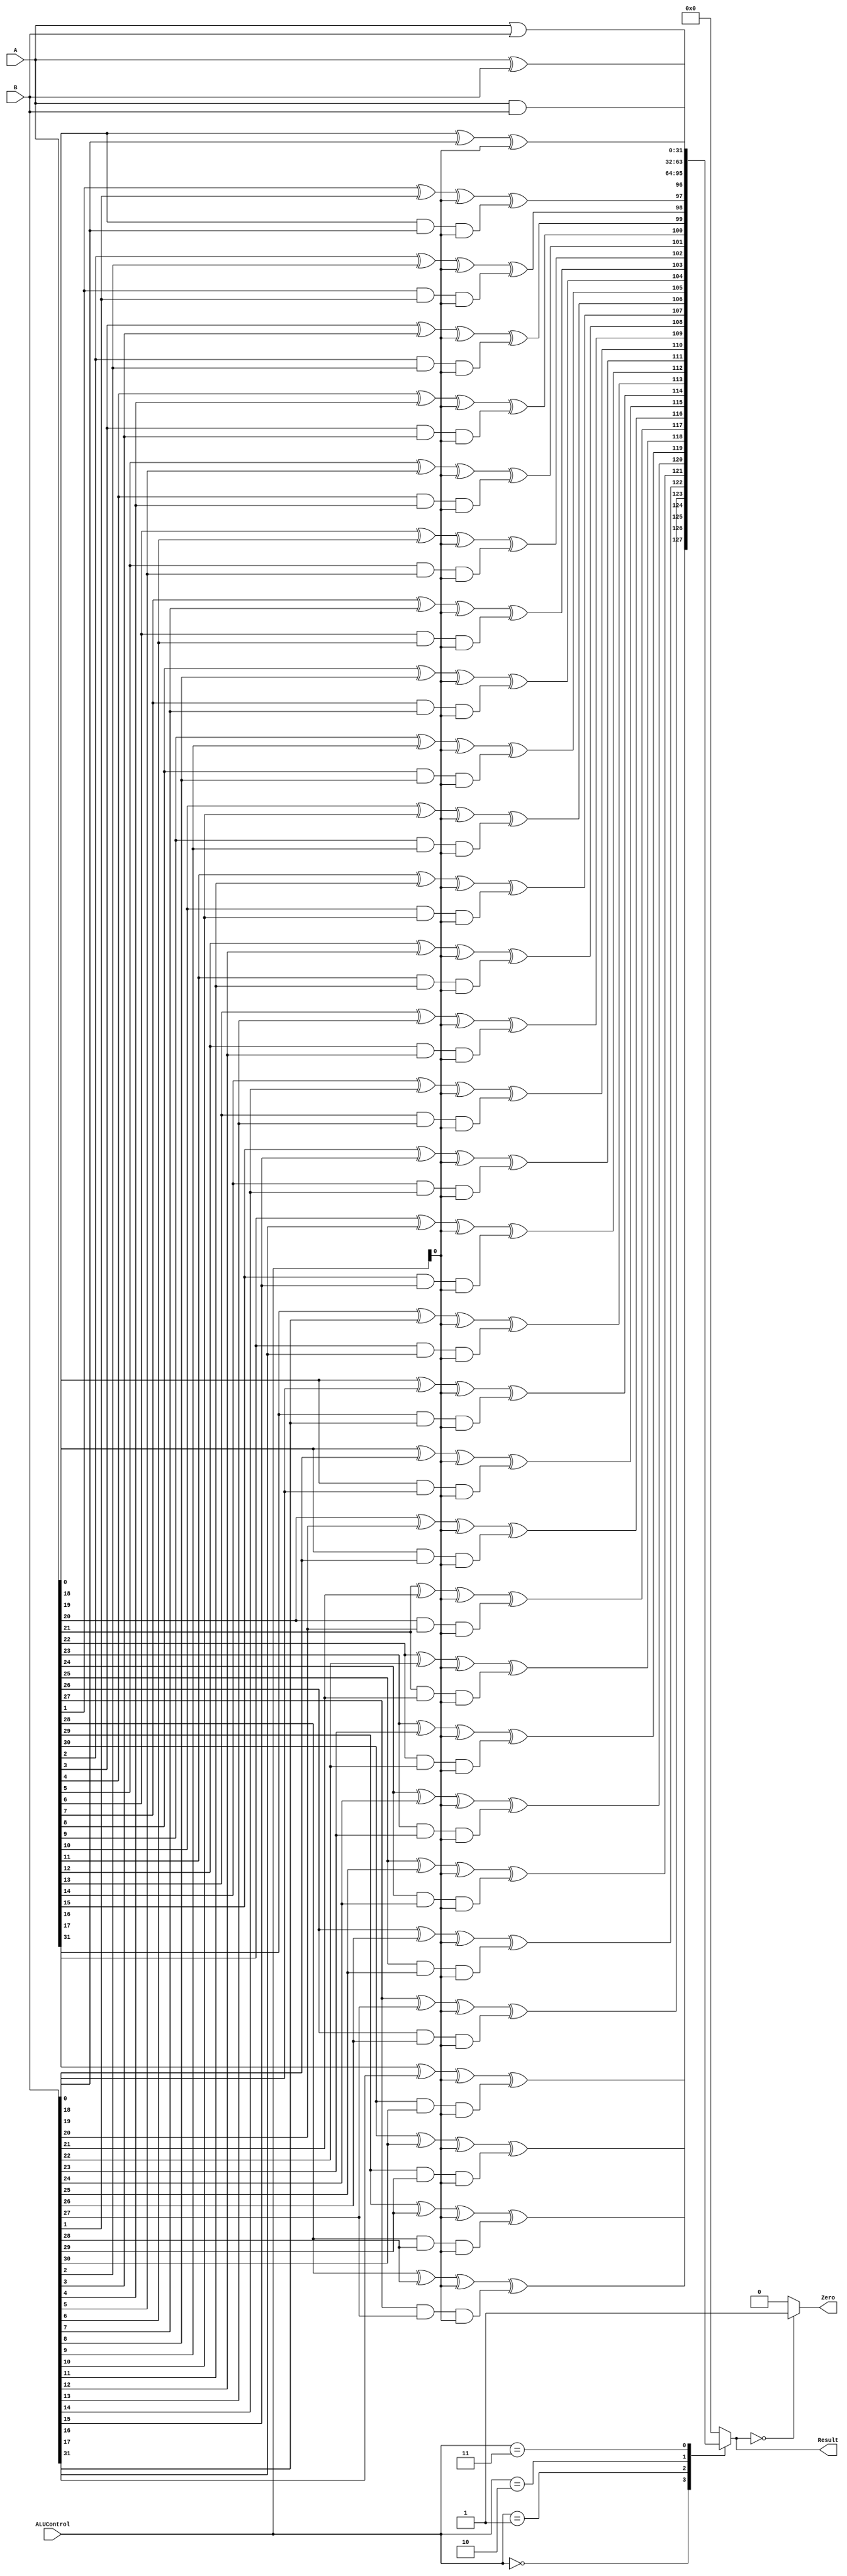
// This program was cloned from: https://github.com/Mahmoud-Abdelraouf/Computer-Organization-and-Architecture
// License: MIT License

module ALU_32bit(
    input [31:0] A, input [31:0] B,
    input [2:0] ALUControl,
    output reg [31:0] Result, output reg Zero
);
    wire [31:0] AndOut;
    wire [31:0] OrOut;
    wire [31:0] XorOut;

    // Intermediate signals for addition
    reg [31:0] AdderOut;

    // 32-bit AND operation
    assign AndOut = A & B;

    // 32-bit OR operation
    assign OrOut = A | B;

    // 32-bit XOR operation
    assign XorOut = A ^ B;

    // 32-bit addition using Full Adders
    integer i;
    always @(*)
    begin
        AdderOut[0] = A[0] ^ B[0] ^ ALUControl[0];
        for (i = 1; i < 32; i = i + 1)
        begin
            AdderOut[i] = A[i] ^ B[i] ^ ALUControl[0] ^ (A[i - 1] & B[i - 1] & ALUControl[0]);
        end
    end

    // Output multiplexer based on ALUControl bits
    always @(*)
    begin
        case(ALUControl)
            3'b000: Result = {AdderOut[31], AdderOut[30:0]}; // Addition
            3'b001: Result = AndOut;       // AND operation
            3'b010: Result = OrOut;        // OR operation
            3'b011: Result = XorOut;       // XOR operation
            default: Result = 32'b0;       // Default case
        endcase
    end

    // Zero flag generation
    always @(*)
    begin
        Zero <= (Result == 32'b0) ? 1'b1 : 1'b0;
    end
endmodule